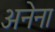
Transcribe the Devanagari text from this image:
अनेना